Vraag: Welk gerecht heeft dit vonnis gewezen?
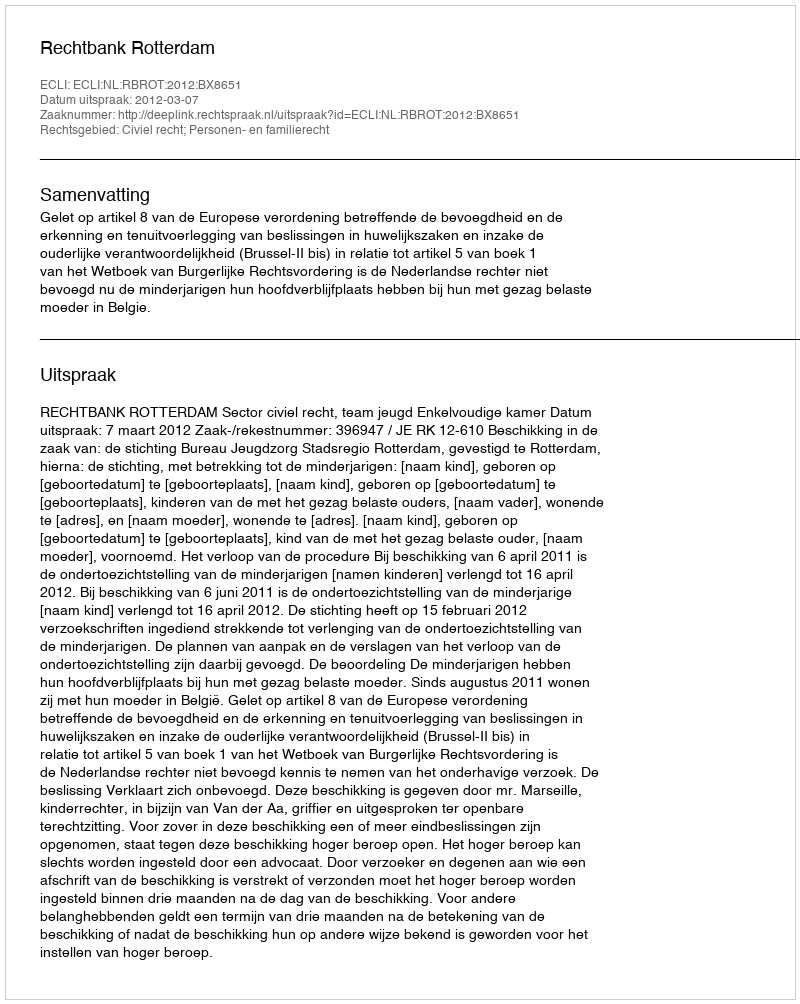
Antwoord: Rechtbank Rotterdam